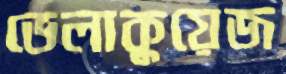
ভেলাকুয়েজ